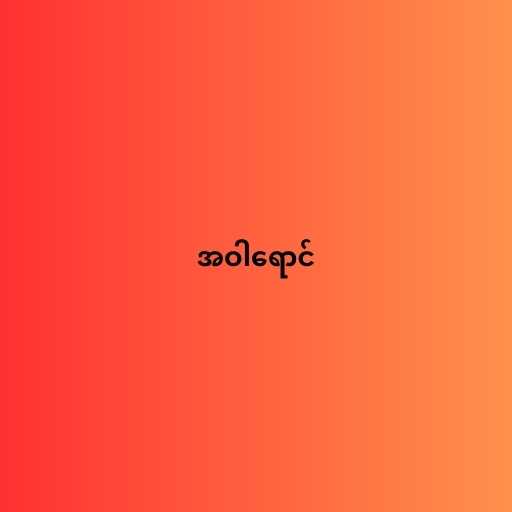
အဝါရောင်